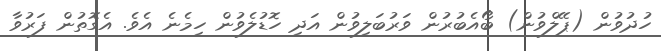
ހުދުވުން (ޕޭލްވުން) ބޯއެބުރުން ވަރުބަލިވުން އަދި ހޮޑުލެވުން ހިމެނެ އެވެ. އެގޮތުން ފަރުވާ